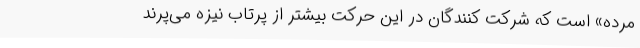
مرده» است که شرکت کنندگان در این حرکت بیشتر از پرتاب نیزه می‌پرند